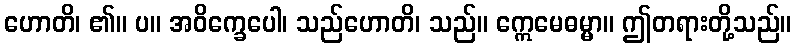
ဟောတိ၊ ၏။ ပ။ အဝိက္ခေပေါ၊ သည်ဟောတိ၊ သည်။ ဣေမေဓမ္မာ။ ဤတရားတို့သည်။